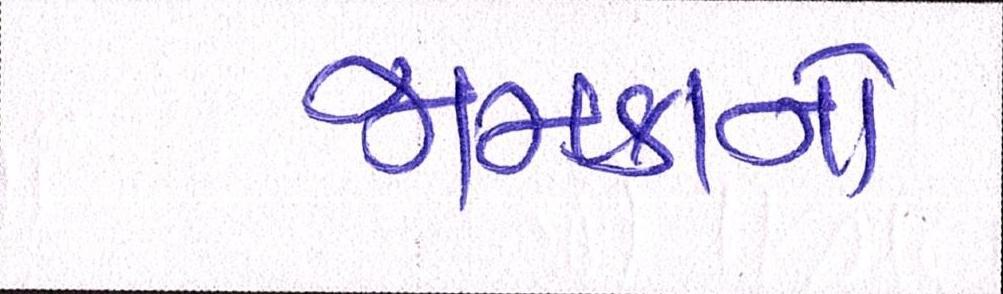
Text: જામકાનો